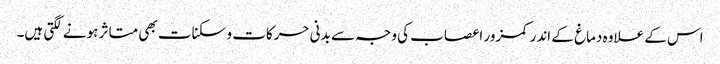
اس کے علاوہ دماغ کے اندر کمزور اعصاب کی وجہ سے بدنی حرکات و سکنات بھی متاثر ہونے لگتی ہیں۔